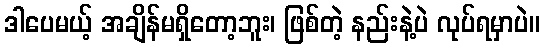
ဒါပေမယ့် အချိန်မရှိတော့ဘူး၊ ဖြစ်တဲ့ နည်းနဲ့ပဲ လုပ်ရမှာပဲ။